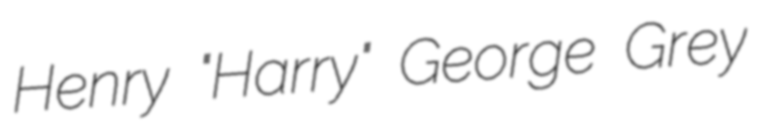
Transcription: Henry "Harry" George Grey